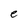
Character: e